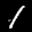
Label: 1